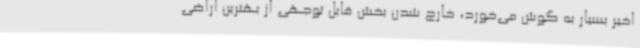
اخیر بسیار به گوش می‌خورد، خارج شدن بخش قابل توجهی از بهترین اراضی